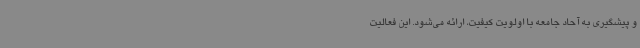
و پیشگیری به آحاد جامعه با اولویت کیفیت، ارائه می‌شود. این فعالیت